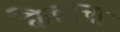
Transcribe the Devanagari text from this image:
कैद्याचा